Leaving Certificate Examination, 1907
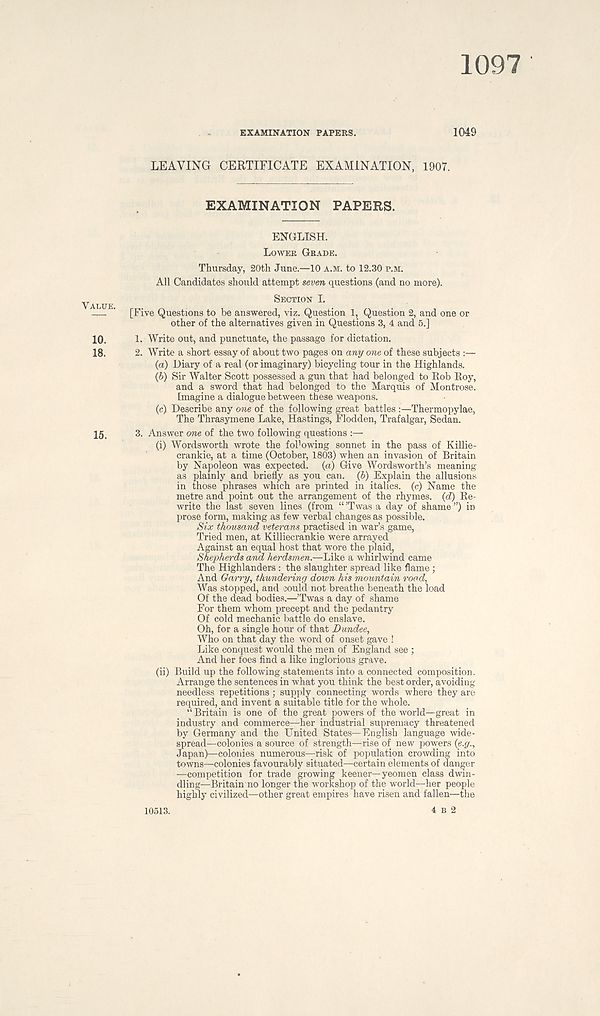
1097
EXAMINATION PAPERS.
1049
LEAVING CERTIFICATE EXAMINATION, 1907.
EXAMINATION PAPERS.
ENGLISH.
LOWER GRADE.
Thursday, 20th June.—10 A.M. to 12.30 P.M.
All Candidates should attempt seven questions (and no more).
ALUE
SECTION I.
— ' [Five Questions to be answered, viz. Question 1, Question 2, and one or
other of the alternatives given in Questions 3, 4 and 5.]
10.
1. Write out, and punctuate, the passage for dictation.
18.
2. Write a short essay of about two pages on any one of these subjects :—
(a) Diary of a real (or imaginary) bicycling tour in the Highlands.
(£») Sir Walter Scott possessed a gun that had belonged to Rob Roy,
and a sword that had belonged to the Marquis of Montrose.
Imagine a dialogue between these weapons.
(c) Describe any one of the following great battles :—Thermopylae,
The Thrasymene Lake, Hastings, Flodden, Trafalgar, Sedan.
15,
3. Answer one of the two following questions :—
(i) Wordsworth wrote the fol 1 owing sonnet in the pass of Killie-
crankie, at a time (October, 1803) when an invasion of Britain
by Napoleon was expected, {a) Give Wordsworth’s meaning
as plainly and briefly as you can. (6) Explain the allusions
in those phrases which are printed in italics, (c) Name the
metre and point out the arrangement of the rhymes, {d) Re-
write the last seven lines (from “ ’Twas a day of shame ”) in
prose form, making as few verbal changes as possible.
Six thousand veterans practised in war’s game,
Tried men, at Killiecrankie were arrayed
Against an equal host that wore the plaid,
Shepherds and herdsmen.—Like a whirlwind came
The Highlanders : the slaughter spread like flame ;
And Garry, thundering down his mountain rood,
Was stopped, and could not breathe beneath the load
Of the dead bodies.—’Twas a day of shame
For them whom precept and the pedantry
Of cold mechanic battle do enslave.
Oh, for a single hour of that Dundee,
Who on that day the word of onset gave !
Like conquest would the men of England see ;
And her foes find a like inglorious grave.
(ii) Build up the following statements into a connected composition.
Arrange the sentences in what you think the best order, avoiding-
needless repetitions; supply connecting words where they are
required, and invent a suitable title for the whole.
“ Britain is one of the great powers of the world—great in
industry and commerce—her industrial supremacy threatened
by Germany and the United States—English language wide-
spread—colonies a source of strength—rise of new powers {e.g.,
Japan)—colonies numerous—risk of population crowding into
towns—colonies favourably situated—certain elements of danger
—competition for trade growing keener—yeomen class dwin-
dling—Britain no longer the workshop of the world—her people
highly civilized—other great empires have risen and fallen—the
4 B 2
10513.